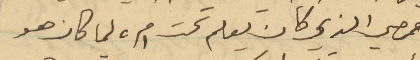
حمصي الذي كان يعلم تحت امره لما كان هو